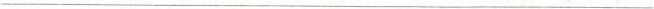
___